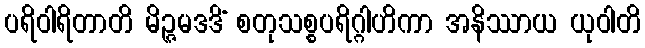
ပရိဝါရိတာတိ မိဉ္ဇမဒဒိံ စတုသစ္စပရိဂ္ဂါဟိကာ အနိဿာယ ယုဝါတိ